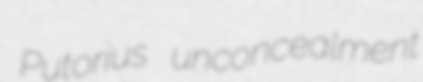
Putorius unconcealment